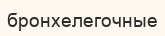
бронхелегочные